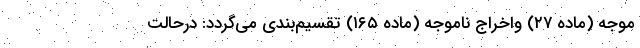
موجه (ماده ۲۷) واخراج ناموجه (ماده ۱۶۵) تقسیم‌بندی می‌گردد: درحالت